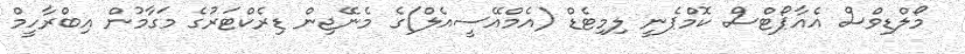
މޯލްޑިވްސް އެއާޕޯޓްސް ކޮމްޕެނީ ލިމިޓެޑް (އެމްއޭސީއެލް)ގެ މެނޭޖިން ޑިރެކްޓަރުގެ މަގާމުން އިބްރާހީމް